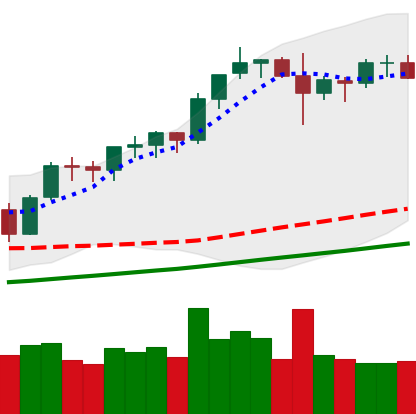
Ticker: BNB-USD
Chart end date: 2021-11-15
Forward return: -4.614%
Label: down_3_5